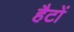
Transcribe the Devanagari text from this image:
हैटों